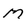
Character: m